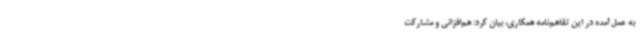
به‌ عمل‌ آمده در این تفاهم‌نامه همکاری، بیان کرد: هم‌افزائی و مشارکت